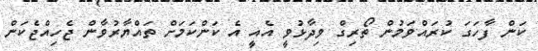
ކަން ފާހަގަ ކުރައްވަމުން ތޯރިގް ވިދާޅުވީ އެއީ އެ ކަންކަމަށް ތައްޔާރުވާން ޖެހިއްޖެކަން